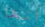
انها